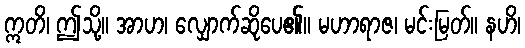
ဣတိ၊ ဤသို့။ အာဟ၊ လျှောက်ဆိုပေ၏။ မဟာရာဇ၊ မင်းမြတ်။ နဟိ၊